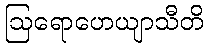
ဩရောဟေယျာသီတိ